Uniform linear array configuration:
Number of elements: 12
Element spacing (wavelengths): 1
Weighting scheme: hann
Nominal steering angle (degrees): -30
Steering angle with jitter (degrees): -29.479
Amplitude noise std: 0.05
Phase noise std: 0.05

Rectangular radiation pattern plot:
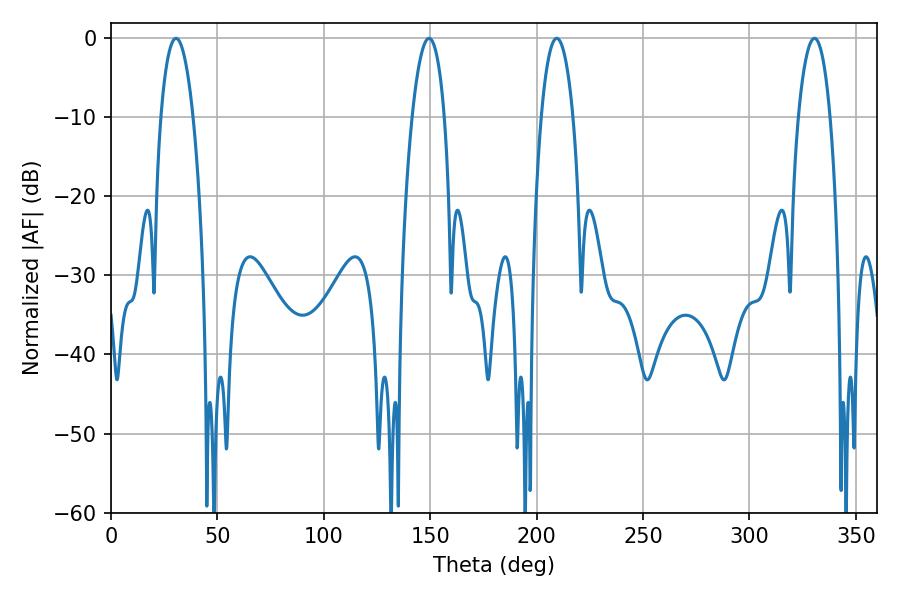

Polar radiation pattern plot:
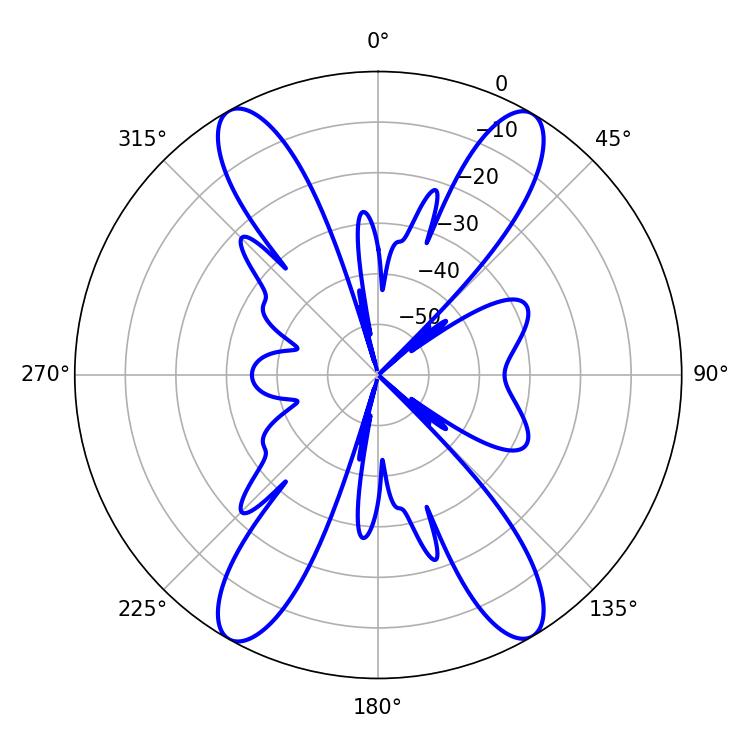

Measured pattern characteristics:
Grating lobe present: TRUE
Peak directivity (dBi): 23.969
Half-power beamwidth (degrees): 8.46
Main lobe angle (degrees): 30.6